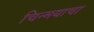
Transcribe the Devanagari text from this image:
चिन्मयाचा